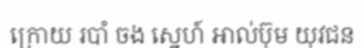
ក្រោយ របាំ ចង ស្នេហ៍ អាល់ប៊ុម យុវជន